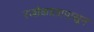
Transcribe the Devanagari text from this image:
रजोकालापासून